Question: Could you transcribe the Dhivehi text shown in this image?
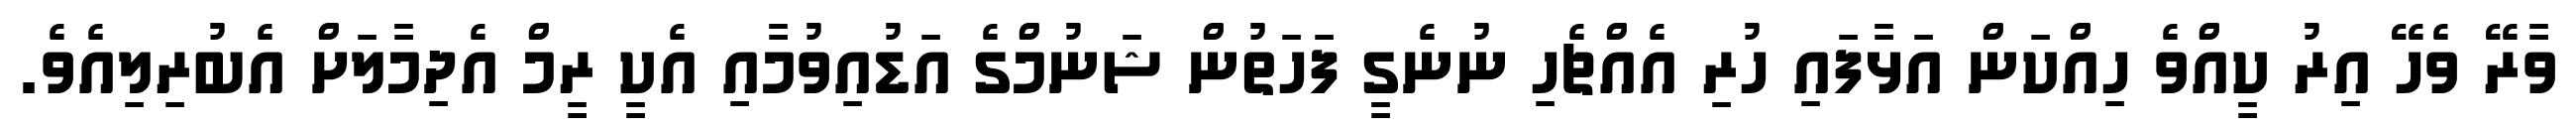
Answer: ވާރޭ ވެހޭ އިރު ކީއްވެ ހިއްކަން އަޅާފައި ހުރި އެއްޗެހި ނުނެގީ ފަހަތުން ޝަނުމްގެ އަޑުއިވުމާއި އެކީ ރީމް އެދިމާލަށް އެބުރިލިއެވެ.